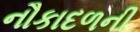
નૌકાદળની